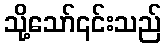
သို့သော်၎င်းသည်